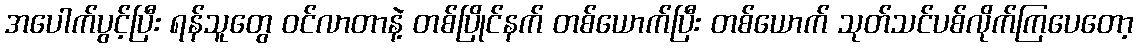
အပေါက်ပွင့်ပြီး ရန်သူတွေ ဝင်လာတာနဲ့ တစ်ပြိုင်နက် တစ်ယောက်ပြီး တစ်ယောက် သုတ်သင်ပစ်လိုက်ကြပေတော့